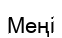
Меңі